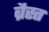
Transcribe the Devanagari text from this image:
ब्रैस्त